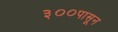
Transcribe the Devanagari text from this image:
३००पासून